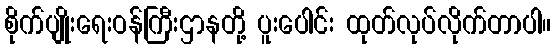
စိုက်ပျိုးရေးဝန်ကြီးဌာနတို့ ပူးပေါင်း ထုတ်လုပ်လိုက်တာပါ။